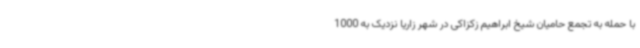
با حمله به تجمع حامیان شیخ ابراهیم زکزاکی در شهر زاریا نزدیک به 1000